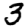
Digit: 3